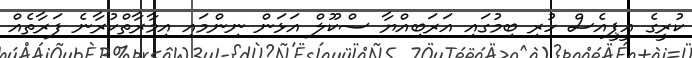
ކުރީގެ އީޕީއެސް ހުރި ބިމުގައި އަރަބިއްޔާ ސްކޫލް އަޅަން ނިންމައި އިމާރާތްކުރާނެ ފަރާތެއް